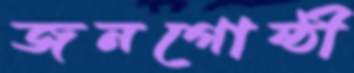
জনগোষ্ঠী